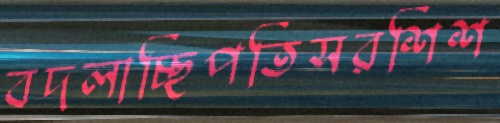
বদলাচ্ছিপতিসরশিশ